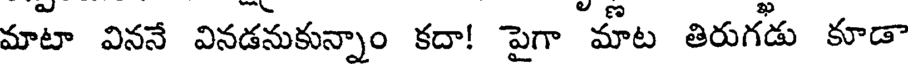
మాటా విననే వినడనుకున్నాం కదా! పైగా మాట తిరుగడు కూడా